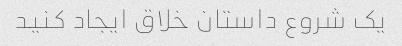
یک شروع داستان خلاق ایجاد کنید